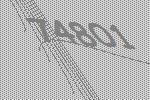
74801